Plague in India, 1896, 1897 - Volume 2
Year: 1896
Disease focus: Plague
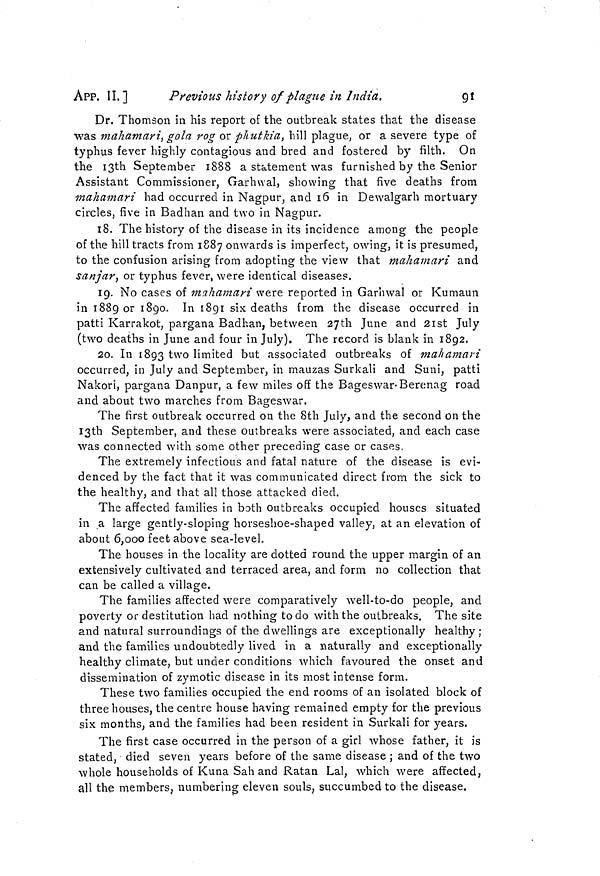
APP. II.]
Previous history of plague in India.
91
Dr. Thomson in his report of the outbreak states that the disease
was mahamari, gola rog or phutkia, hill plague, or a severe type of
typhus fever highly contagious and bred and fostered by filth. On
the 13th September 1888 a statement was furnished by the Senior
Assistant Commissioner, Garhwal, showing that five deaths from
mahamari had occurred in Nagpur, and 16 in Dewalgarh mortuary
circles, five in Badhan and two in Nagpur.
18. The history of the disease in its incidence among the people
of the hill tracts from 1887 onwards is imperfect, owing, it is presumed,
to the confusion arising from adopting the view that mahamari and
sanjar, or typhus fever, were identical diseases.
19. No cases of mahamari were reported in Garhwal or Kumaun
in 1889 or 1890. In 1891 six deaths from the disease occurred in
patti Karrakot, pargana Badhan, between 27th June and 21st July
(two deaths in June and four in July). The record is blank in 1892.
20. In 1893 two limited but associated outbreaks of mahamari
occurred, in July and September, in mauzas Surkali and Suni, patti
Nakori, pargana Danpur, a few miles off the Bageswar-Berenag road
and about two marches from Bageswar.
The first outbreak occurred on the 8th July, and the second on the
I3th September, and these outbreaks were associated, and each case
was connected with some other preceding case or cases.
The extremely infectious and fatal nature of the disease is evi-
denced by the fact that it was communicated direct from the sick to
the healthy, and that all those attacked died.
The affected families in both outbreaks occupied houses situated
in a large gently-sloping horseshoe-shaped valley, at an elevation of
about 6,000 feet above sea-level.
The houses in the locality are dotted round the upper margin of an
extensively cultivated and terraced area, and form no collection that
can be called a village.
The families affected were comparatively well-to-do people, and
poverty or destitution had nothing to do with the outbreaks. The site
and natural surroundings of the dwellings are exceptionally healthy;
and the families undoubtedly lived in a naturally and exceptionally
healthy climate, but under conditions which favoured the onset and
dissemination of zymotic disease in its most intense form.
These two families occupied the end rooms of an isolated block of
three houses, the centre house having remained empty for the previous
six months, and the families had been resident in Surkali for years.
The first case occurred in the person of a girl whose father, it is
stated, died seven years before of the same disease ; and of the two
whole households of Kuna Sah and Ratan Lal, which were affected,
all the members, numbering eleven souls ? succumbed to the disease.